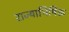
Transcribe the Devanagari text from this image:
राज्याभिषिक्त